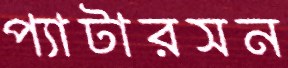
প্যাটারসন